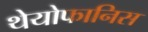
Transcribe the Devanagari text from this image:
थेयोफानिस